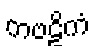
ကဗဠိကံ